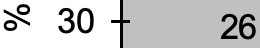
% 30   26